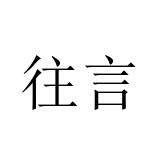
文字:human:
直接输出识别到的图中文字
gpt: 往言